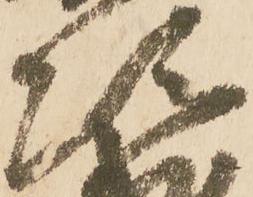
次